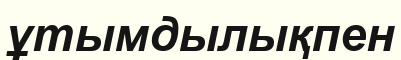
ұтымдылықпен